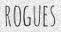
ROGUES